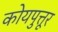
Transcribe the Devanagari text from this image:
कोयपुत्तूर